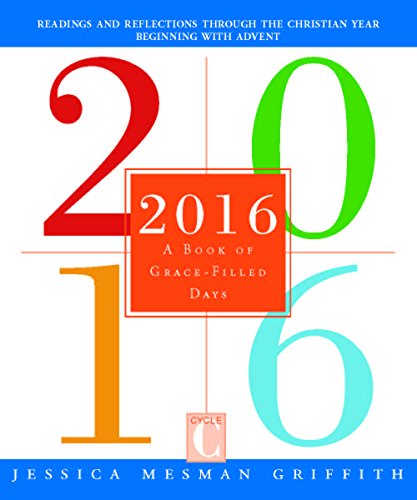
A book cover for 2016: A Book of Grace-Filled Days; Jessica Mesman Griffith; Religion & Spirituality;